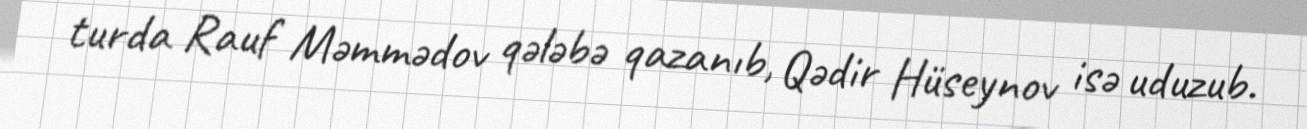
turda Rauf Məmmədov qələbə qazanıb, Qədir Hüseynov isə uduzub.